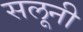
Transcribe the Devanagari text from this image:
सलूनी